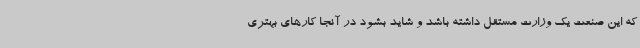
که این صنعت یک وزارت مستقل داشته باشد و شاید بشود در آنجا کارهای بهتری